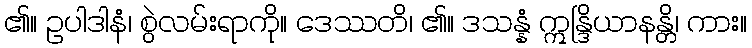
၏။ ဥပါဒါနံ၊ စွဲလမ်းရာကို။ ဒေဿတိ၊ ၏။ ဒသန္နံ ဣန္ဒြိယာနန္တိ၊ ကား။